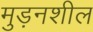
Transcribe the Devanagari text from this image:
मुड़नशील